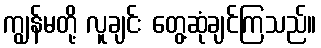
ကျွန်မတို့ လူချင်း တွေ့ဆုံချင်ကြသည်။